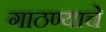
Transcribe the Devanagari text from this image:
गाठण्याचे